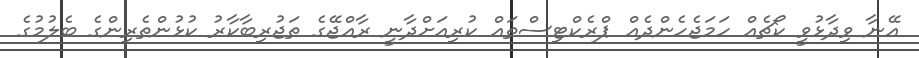
އޭނާ ވިދާޅުވީ ކޯޗެއް ހަމަޖެހެންދެއް ޕްރެކްޓިސްތައް ކުރިއަށްދާނީ ރާއްޖޭގެ ތަޖުރިބާކާރު ކުޅުންތެރިންގެ ބެލުމުގެ